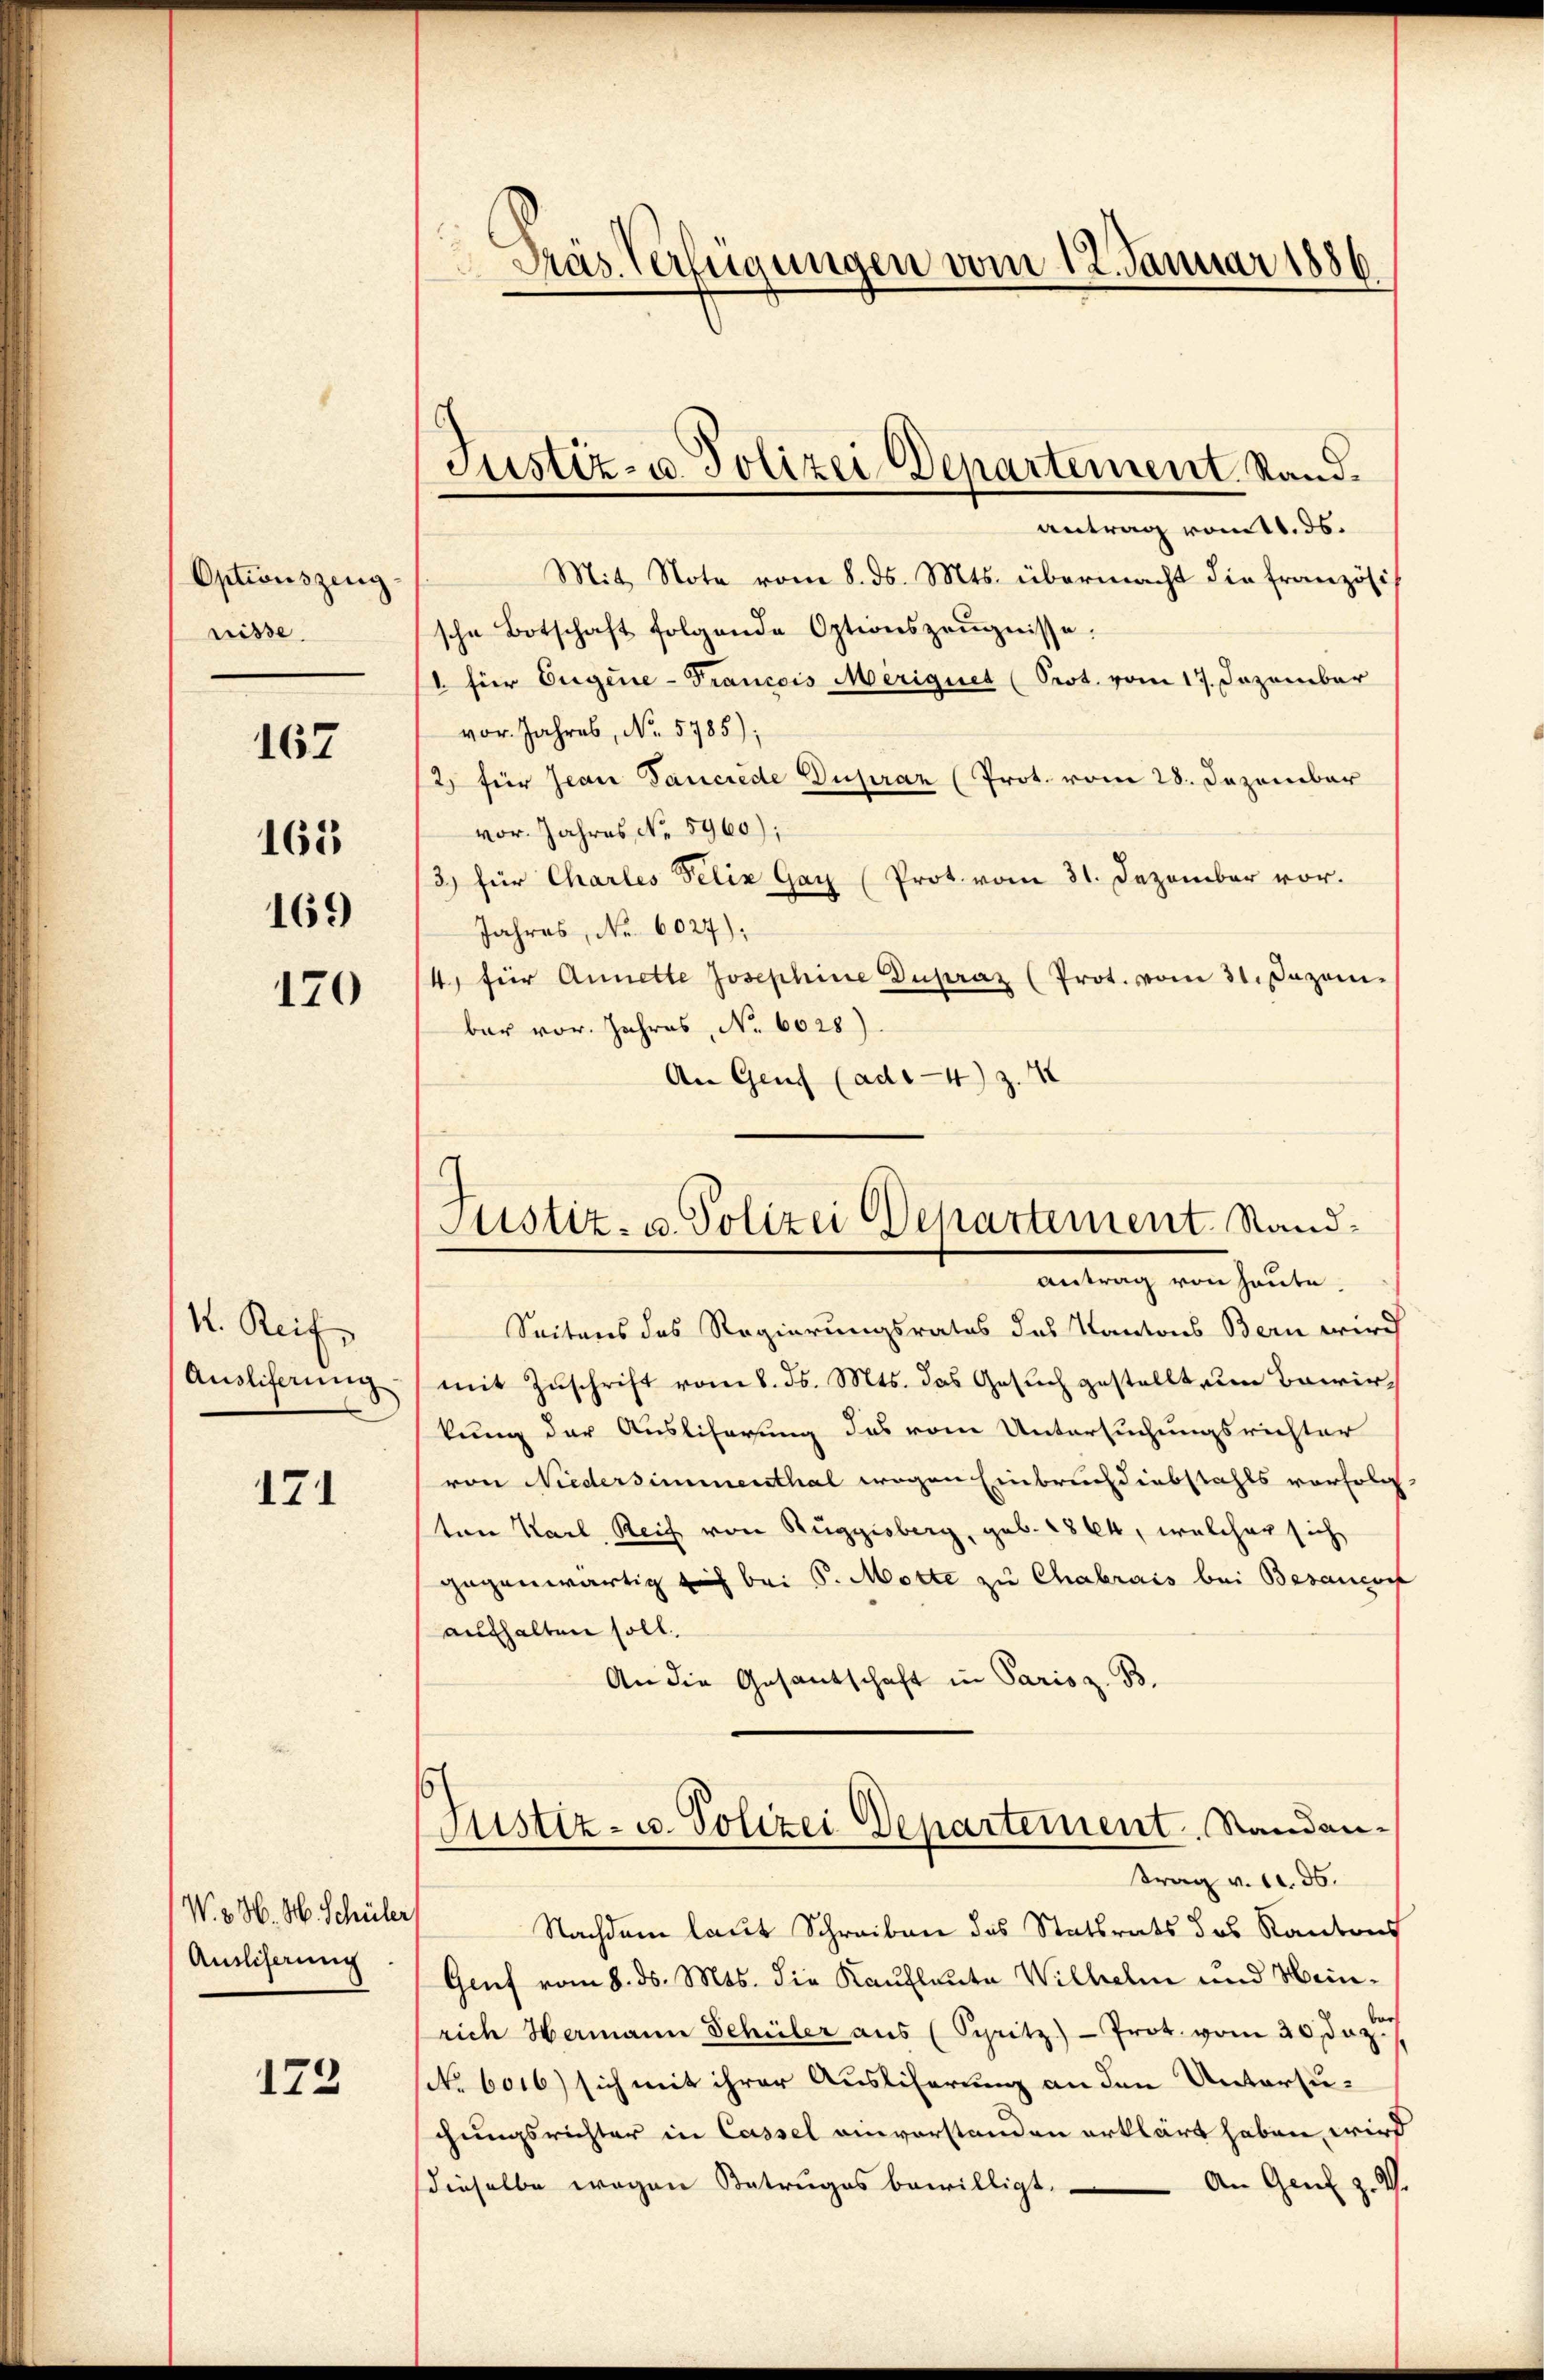
Optionszeug
nisse.

167

168

169

120

1. Reife
Ausliferung.

171

W. v. H. H. Schüler
Ausscherung

173

Präs. Verfügungen vom 12. Januar 1886

Justiz- u. Polizei-Departement, Stand¬
Antrag vom 1. ds.

Mit Note vom 8. ds. Mts. übermacht die französische Botschaft folgende Optionszeŭgnisse.
1. für Eugene-Francois Meriquet (Prot. vom 17. Dezember
vor. Jahres, No. 5785);
2) für Jean Pancrede Dupraz (Prot. vom 28. Dezember
vor. Jahres, No 5960);
(3) für Charles Felix Gay (Prot. vom 31. Dezember vor.
Jahres, No. 6027);
14, für Annette Josephine Dupraz (Prot. vom 31. Dazeni
bar vor. Jahres, No. 6025).
An Genf (ads-4) Z. 12

Justiz- u. Polizei Departement. Sand¬
Antrag von heute.

Seitens des Regierungsrates des Kantons Bern wird
mit Zuschrift vom 8. ds. Mts. das Gesuch gestellt ein Bawir,
kung der Ausliferung das vom Untersuchungsrichter
von Niedersimmenthal wegen Einbruch diebstahls vorfolg
ten Karl Reif von Ruggisberg, geb. 1864, welcher sich
gegenwärtig ich bei P. Motte zu Chabrais bei Besandorf
aufhalten soll.
An die Gesantschaft in Paris z. B.
t
Justiz- u. Polizei Departement. Standan-
trag v. 1. 36.
Nachdem laut Schreiben des Stattrats des Kantons
Genf vom 8. ds. Mts. die Kaufleute Wilhelm und Heinrich Hermann Schüler aŭs (Spitz) - Prot. vom 20 Dez.
sk. 6016) sich mit ihrer Ausliferung an den Untersuchungsrichter in Cassel einvorstanden erklärt haben, wird
dieselbe wegen Betruges bewilligt. An Genf z. V.